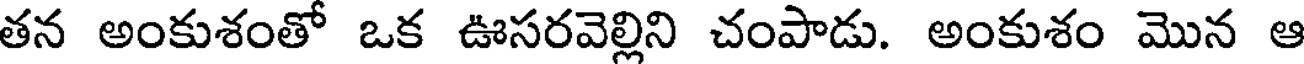
తన అంకుశంతో ఒక ఊసరవెల్లిని చంపాడు. అంకుశం మొన ఆ